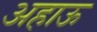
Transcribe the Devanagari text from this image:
अहाऊ